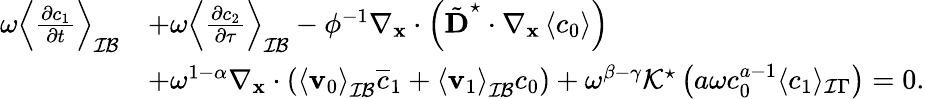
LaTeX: \begin{array}{rl}{\omega\left\langle\frac{\partial c_{1}}{\partial t}\right\rangle_{\mathcal{IB}}}&{+\omega\left\langle\frac{\partial c_{2}}{\partial\tau}\right\rangle_{\mathcal{IB}}-\phi^{-1}\nabla_{\mathbf{x}}\cdot\left(\tilde{\textbf{D}}^{\star}\cdot\nabla_{\mathbf x}\left\langle c_{0}\right\rangle\right)}\\ &{+\omega^{1-\alpha}\nabla_{\mathbf x}\cdot\left(\left\langle\mathbf v_{0}\right\rangle_{\mathcal{IB}}\overline{{c}}_{1}+\left\langle\mathbf v_{1}\right\rangle_{\mathcal{IB}}c_{0}\right)+\omega^{\beta-\gamma}\mathcal{K^{\star}}\left(a\omega c_{0}^{a-1}\langle c_{1}\rangle_{\mathcal I\Gamma}\right)=0.}\end{array}